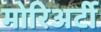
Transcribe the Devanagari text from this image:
मोरिअर्टी